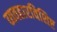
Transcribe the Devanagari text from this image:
व्यवहारविशिष्ट